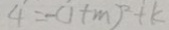
4 = - ( 1 + m ) ^ { 2 } + k